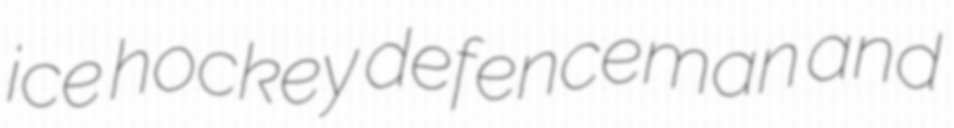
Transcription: ice hockey defenceman and